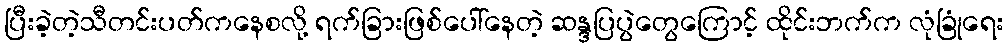
ပြီးခဲ့တဲ့သီတင်းပတ်ကနေစလို့ ရက်ခြားဖြစ်ပေါ်နေတဲ့ ဆန္ဒပြပွဲတွေကြောင့် ထိုင်းဘက်က လုံခြုံရေး